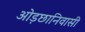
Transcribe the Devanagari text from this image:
ओड़छानिवासी